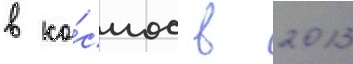
в ко́смос в 2013